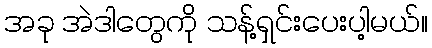
အခု အဲဒါတွေကို သန့်ရှင်းပေးပါ့မယ်။